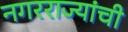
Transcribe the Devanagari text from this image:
नगरराज्यांची